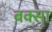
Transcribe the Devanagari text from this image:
बक्सा़